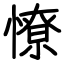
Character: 憭